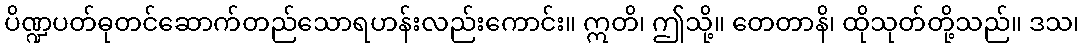
ပိဏ္ဍပတ်ဓုတင်ဆောက်တည်သောရဟန်းလည်းကောင်း။ ဣတိ၊ ဤသို့။ တေတာနိ၊ ထိုသုတ်တို့သည်။ ဒသ၊